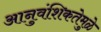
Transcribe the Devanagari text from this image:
आनुवंशिकतेमुळे